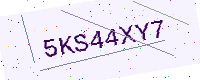
Text: 5KS44XY7